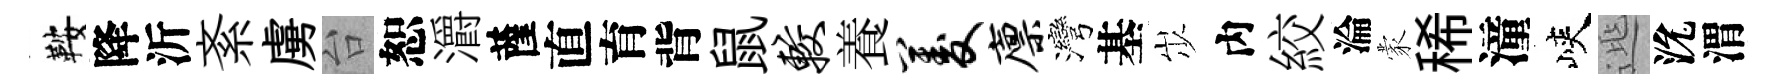
鞍降沂紊虜台恕灂薩直育背鼠较養菱廪灣基𡵯内絞淪蒙稀潼峽𨓱沇渭